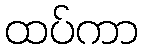
ထပ်ကာ